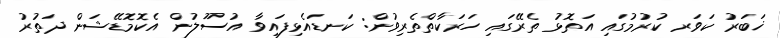
ޚަބަރު ކަވަރ ކުރުމުގައި އަތޮޅު ތެރޭގައި ހަރަކާތްތެރިވުން: ކަނޑައެޅިފައިވާ އުސޫލުން އެކޮމޮޑޭޝަން ދަތުރު